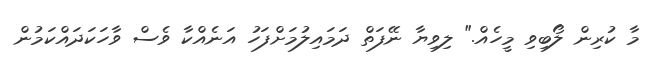
މާ ކުރިން ލޯބިވި މީހެއް." ލިވިޔާ ނޭފަތް ދަަމައިލުމަށްފަހު އަނެއްކާ ވެސް ވާހަކަދައްކަމުން